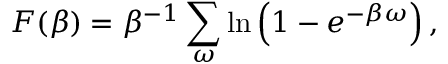
F ( \beta ) = \beta ^ { - 1 } \sum _ { \omega } \ln \left( 1 - e ^ { - \beta \omega } \right) ,